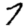
Digit: 7